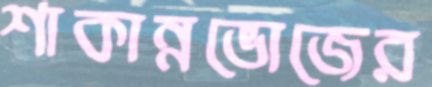
শাকান্নভোজের